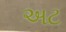
અટ